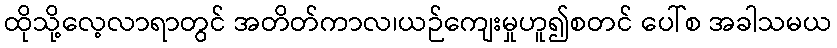
ထိုသို့လေ့လာရာတွင် အတိတ်ကာလ၊ယဉ်ကျေးမှုဟူ၍စတင် ပေါ်စ အခါသမယ